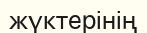
жүктерінің